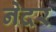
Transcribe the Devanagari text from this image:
नेदर